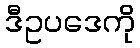
ဒီဥပဒေကို